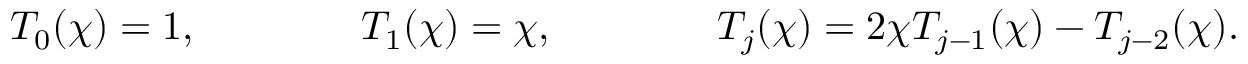
T _ { 0 } ( \chi ) = 1 , \qquad \qquad T _ { 1 } ( \chi ) = \chi , \qquad \qquad T _ { j } ( \chi ) = 2 \chi T _ { j - 1 } ( \chi ) - T _ { j - 2 } ( \chi ) .